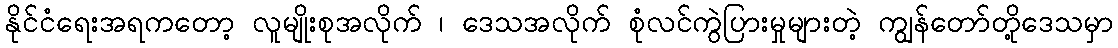
နိုင်ငံရေးအရကတော့ လူမျိုးစုအလိုက် ၊ ဒေသအလိုက် စုံလင်ကွဲပြားမှုများတဲ့ ကျွန်တော်တို့ဒေသမှာ